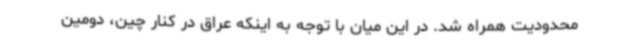
محدودیت همراه شد. در این میان با توجه به اینکه عراق در کنار چین، دومین